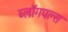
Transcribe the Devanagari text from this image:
ब्लॉगपल्स